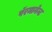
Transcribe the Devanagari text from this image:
पॅरमानेन्ट